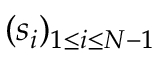
( s _ { i } ) _ { 1 \leq i \leq N - 1 }